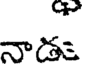
నాడ